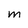
Character: m